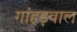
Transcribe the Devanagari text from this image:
गांहड़वाल